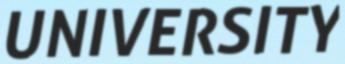
UNIVERSITY